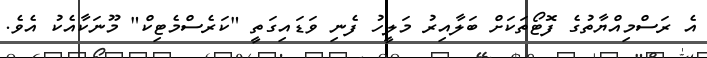
އެ ރަސްމިއްޔާތުގެ ފޮޓޯތަކަށް ބަލާއިރު މަލީހު ފެނި ވަޑައިގަތީ "ކަރެސްމެޓިކް" މޫނަކާއެކު އެވެ.